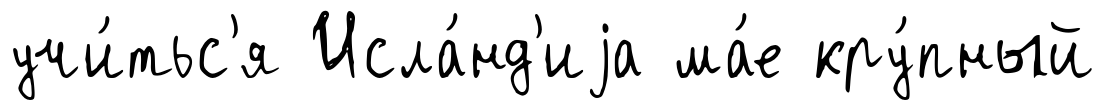
учи́тьс'я Исла́нд'иjа ма́е кру́пный